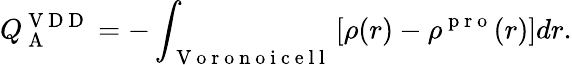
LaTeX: Q_{\mathrm{~A~}}^{\mathrm{~V~D~D~}}=-\int_{\mathrm{~V~o~r~o~n~o~i~c~e~l~l~}}\left[\rho(r)-\rho^{\mathrm{~p~r~o~}}(r)\right]dr.